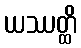
ယဿတ္ထိ